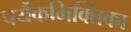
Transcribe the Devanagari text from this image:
पर्यैकभिक्तिका